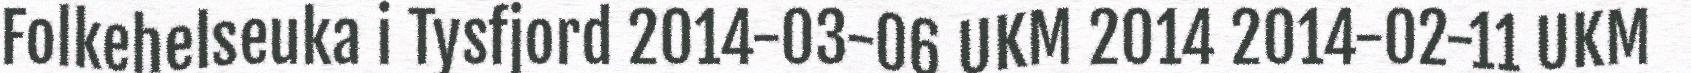
Folkehelseuka i Tysfjord 2014-03-06 UKM 2014 2014-02-11 UKM